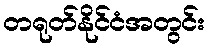
တရုတ်နိုင်ငံအတွင်း